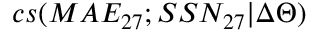
c s ( M A E _ { 2 7 } ; S S N _ { 2 7 } | \Delta \Theta )